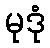
မုဒုံ